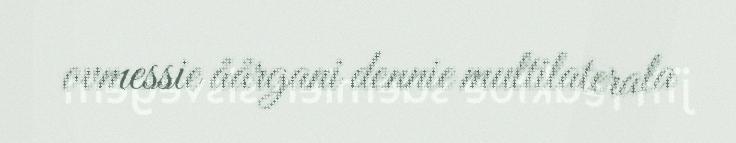
ovmessie åårgani dennie multilaterala